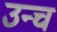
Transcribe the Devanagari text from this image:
उन्च